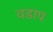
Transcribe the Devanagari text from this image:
वडाप